Civil Veterinary Dept. North-West Frontier Province 1933-46 - 1933-1946
Year: 1933
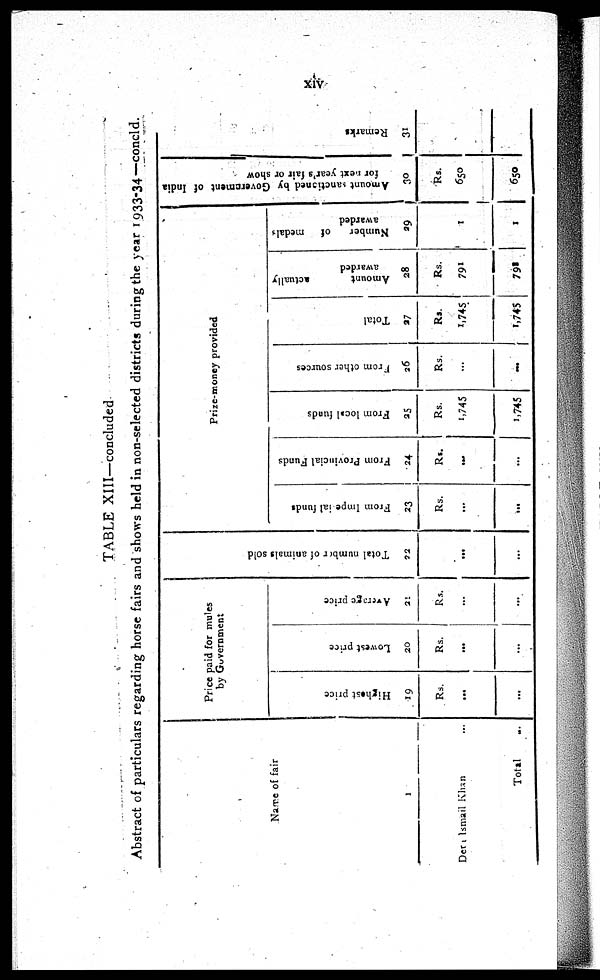
xiv
TABLE XIII—concluded
Abstract of particulars regarding horse fairs and shows held in non-selected districts during the year 1933-34—concld.
Name of fair
1
Dera Ismail Khan ...
Total ...
Price paid for mutes
by Government
Highest price
19
Rs.
...
...
Lowest price
20
Rs.
...
...
Average price
20
Rs.
...
...
Total number of animals sold
92
...
...
Prize-money provided
From Imperial funds
23
Rs.
...
...
From Provincial Funds
24
Rs.
...
...
From local funds
25
Rs.
1,745
1,745
Prom other sources
26
Rs.
...
...
Total
27
Rs.
1,745
1,745
Amount
actually
awarded
28
Rs.
791
792
Number
of
medals
awarded
29
1
1
Amount sanctioned by Govtrcment
of India
for next year's fair or show
30
Rs.
650
650
Remarks
31